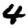
Digit: 4